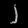
Digit: ၂